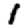
Digit: 1